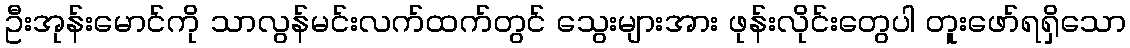
ဦးအုန်းမောင်ကို သာလွန်မင်းလက်ထက်တွင် သွေးများအား ဖုန်းလိုင်းတွေပါ တူးဖော်ရရှိသော